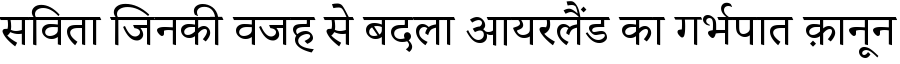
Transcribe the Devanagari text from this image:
सविता जिनकी वजह से बदला आयरलैंड का गर्भपात क़ानून